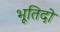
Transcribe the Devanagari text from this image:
भूतिदो